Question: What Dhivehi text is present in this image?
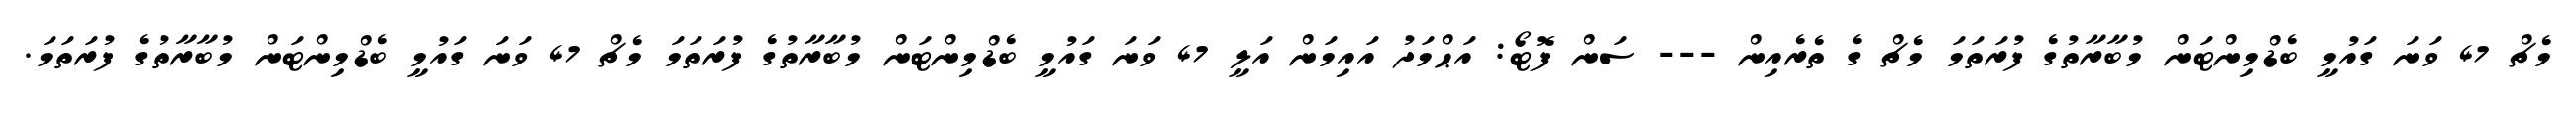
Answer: މެޗް 47 ވަނަ ގައުމީ ބެޑްމިންޓަން މުބާރާތުގެ ފުރަތަމަ މެޗް ގެ ތެރެއިން --- ސަން ފޮޓޯ: އަޙްމަދު އައިމަން އަލީ 47 ވަނަ ގައުމީ ބެޑްމިންޓަން މުބާރާތުގެ ފުރަތަމަ މެޗް 47 ވަނަ ގައުމީ ބެޑްމިންޓަން މުބާރާތުގެ ފުރަތަމަ.